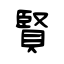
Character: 賢